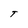
Character: T